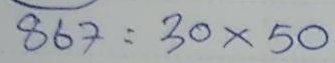
867 = 30 x 50